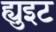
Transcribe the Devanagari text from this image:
ह्युइट